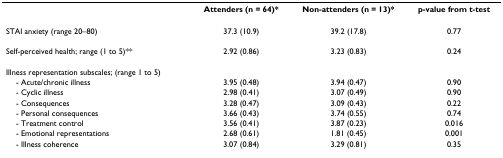
|  | Attenders (n = 64)* | Non-attenders (n = 13)* | p-value from t-test |
 | --- | --- | --- | --- |
 | STAI anxiety (range 20–80) | 37.3 (10.9) | 39.2 (17.8) | 0.77 |
 | Self-perceived health; range (1 to 5)** | 2.92 (0.86) | 3.23 (0.83) | 0.24 |
 | Illness representation subscales; (range 1 to 5) |  |  |  |
 | - Acute/chronic illness | 3.95 (0.48) | 3.94 (0.47) | 0.90 |
 | - Cyclic illness | 2.98 (0.41) | 3.07 (0.49) | 0.90 |
 | - Consequences | 3.28 (0.47) | 3.09 (0.43) | 0.22 |
 | - Personal consequences | 3.66 (0.43) | 3.74 (0.55) | 0.74 |
 | - Treatment control | 3.56 (0.41) | 3.87 (0.23) | 0.016 |
 | - Emotional representations | 2.68 (0.61) | 1.81 (0.45) | 0.001 |
 | - Illness coherence | 3.07 (0.84) | 3.29 (0.81) | 0.35 |